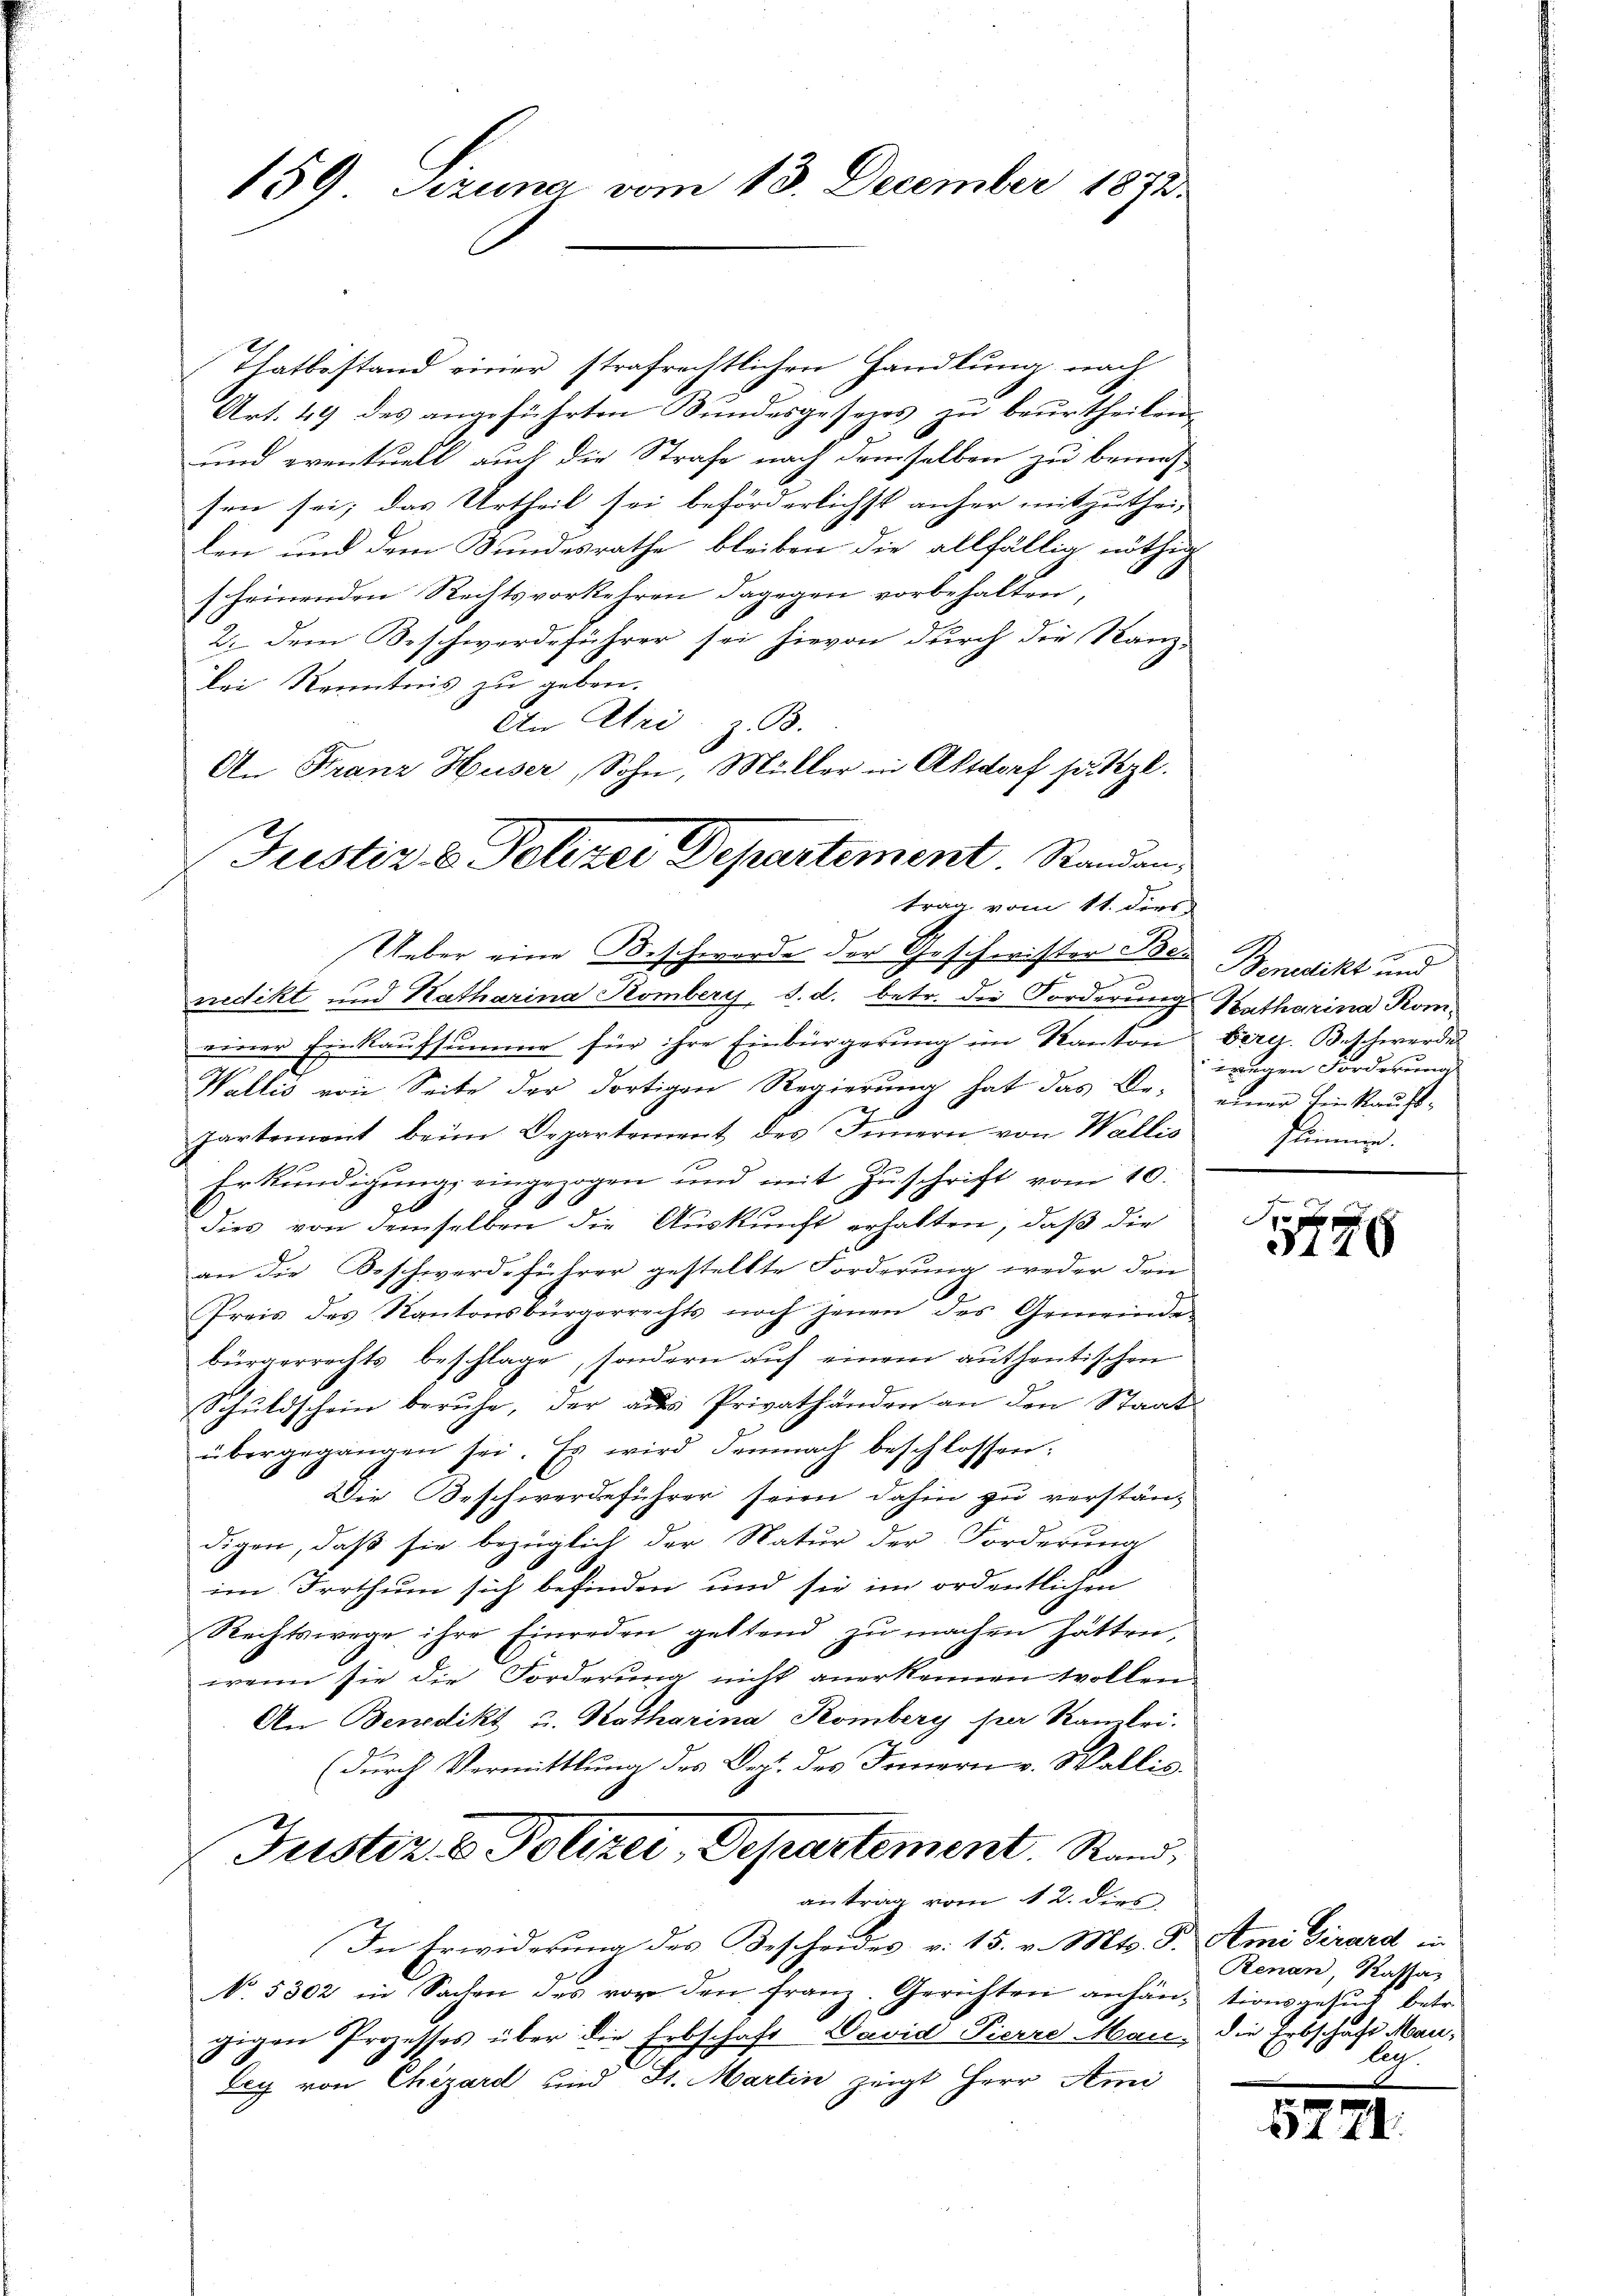
159 Szuna vom 13. December 1872.

An Franz Huser, Sohn, Müller in Altdorf hättzl.
Justiz & Polizei Departement. Standen
trag vom 11. ders.

Thatbestand einer strafrechtlichen Handlung nach
Art. 49 des angeführten Bundesgesezes zu beurtheilen,
und eventuell auch die Strafe nach demselben zu bemühsen sei; das Urtheil sei beförderlichst anher mitzuthei-
len und dem Bundesrathe bleiben die allfällig nöthig
scheinenden Rechtsvorkehren dagegen vorbehalten,
2. dem Beschwerdeführer sei hievon durch die Kanz-
bei Kenntnis zu geben.
An Uri, z. B.
Ueber eine Beschwerde der Geschwister Bei Benedikt und
g
nedikt und Katharina Komberg, d. d. betr. die Forderung Katharina Komeiner Einkaufsumme für ihre Einbürgerung im Kanton Berg. Beschwerde
Wallis von Seite der dortigen Regierung hat das Be-
partement beim Departement des Innern von Wallis
e
Erkündigŭng eingezogen und mit Zŭschrift vom 10.
dies von demselben die Auskunft erhalten, daß die
an die Beschwerdeführer gestellte Forderung weder den
Preis des Kantonsbürgerrechts noch jenen des Gemeinde-
bürgerrechts beschlage, sondern auf einem authentischen
Schŭldschein beruhe, der aŭs Privathänden an den Staat-
übergegangen sei. Es wird demnach beschlossen:
Die Beschwerdeführer seien dahin zu verständigen, daß sie bezüglich der Natur der Forderung
im Irrthum sich befinden und sie im ordentlichen
Rechtswege ihre Einreden geltend zŭ machen hätten,
wenn sie die Forderung nicht anerkennen sollen.
An Benedikt u. Katharina Komberg per Rambri-
(durch Vermittlung des Dept. des Innern v. Wallis.
Justiz & Polizei, Departement. Rand,
antrag vom 12. dies
In Erwiderung des Bescheides v. 15. v. Mts. S. Ami Girard in
No. 5302 in Sachen des vor den franz. Gerichten anhän- tionsgesŭch betr.
gigen Prozesses über die Erbschaft Wavid Pierre Mai, die Erbschaft Mauleg von Chizard und Dr. Martin zeigt Herr Ami

wegen Forderungs
einer kein Raufs¬
Stimmen.

10 f
3140

Renau, Kassaleg

57